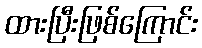
ထားပြီးဖြစ်ကြောင်း